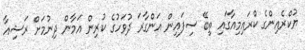
ޔުކްރެއިންގެ ކްރައިމިއާގައި ތިބޭ ސިފައިން އަންގާރަ ދުވަހުގެ ކުރިން އަމާން ދިނުމަށް ރަޝިއާ